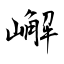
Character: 嶰